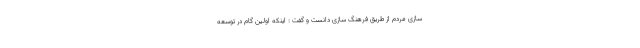
سازی مردم از طریق فرهنگ سازی دانست و گفت : اینکه اولین گام در توسعه